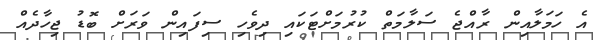
އެ ހަމަލާއިން ރާއްޖެ ސަލާމަތް ކުރުމަށްޓަކައި ދިވެހި ސިފައިން ވަރަށް ބޮޑު ޖިހާދެއް